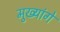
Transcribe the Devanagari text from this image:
मुख्यांगे